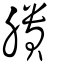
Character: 膭